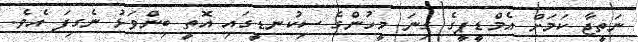
ނަތީޖާ ކަމަށް އެމްޑީޕީގެ ގިނަ މީހުންގެ ސިކުނޑީގައި އޮތީ ބިންވަޅު ނެގިފަ އެވެ.